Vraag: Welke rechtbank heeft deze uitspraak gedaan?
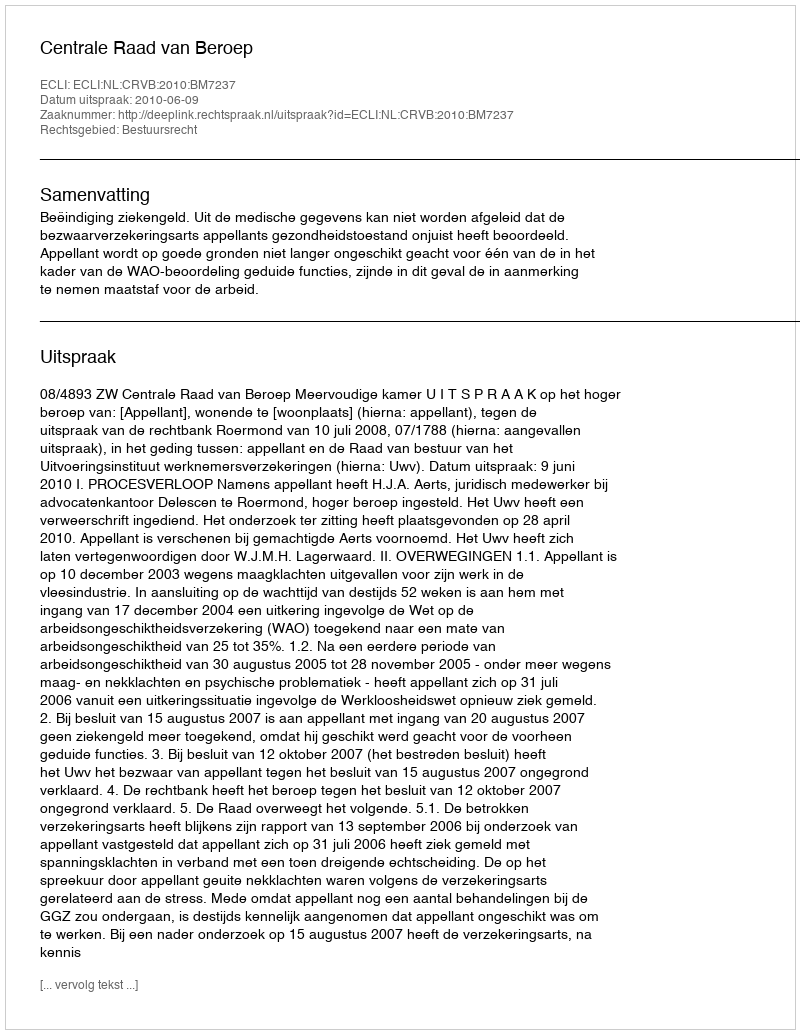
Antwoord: Centrale Raad van Beroep